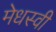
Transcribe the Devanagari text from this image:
मेधस्वी